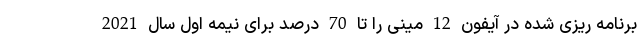
برنامه ریزی شده در آیفون 12 مینی را تا 70 درصد برای نیمه اول سال 2021